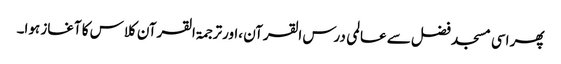
پھر اسی مسجد فضل سے عالمی درس القرآن ،اورترجمۃ القرآن کلاس کا آغاز ہوا۔